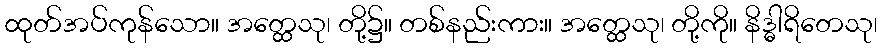
ထုတ်အပ်ကုန်သော။ အတ္ထေသု၊ တို့၌။ တစ်နည်းကား။ အတ္ထေသု၊ တို့ကို။ နိဒ္ဓါရိတေသု၊